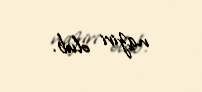
naziri olub.